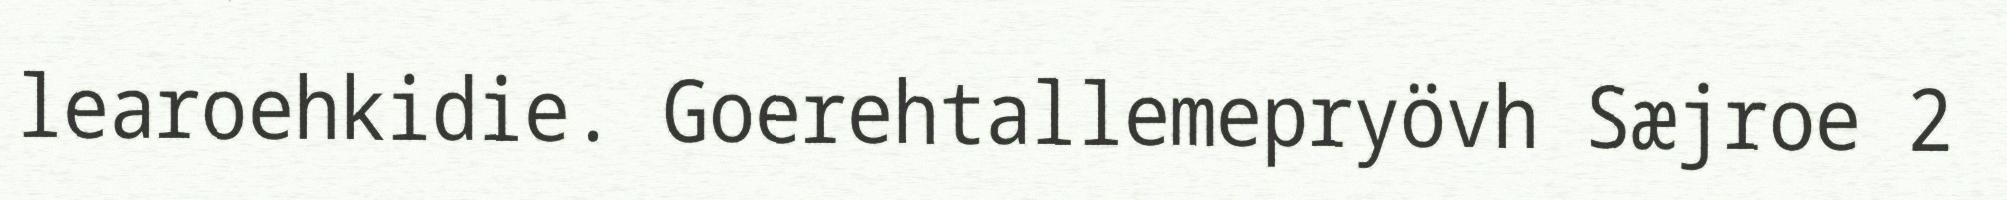
learoehkidie. Goerehtallemepryövh Sæjroe 2